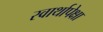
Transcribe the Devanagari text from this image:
स्वार्थापेक्षा